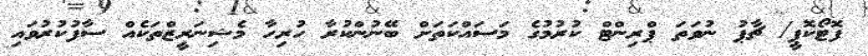
ފޮޓޯކޮޕީ/ ޗާޕު ނުވަތަ ޕްރިންޓް ކުރުމުގެ މަސައްކަތަށް ބޭނުންކުރާ ހުރިހާ މެޝިނަރީޒްތަކެއް ސާފުކުރުވައި